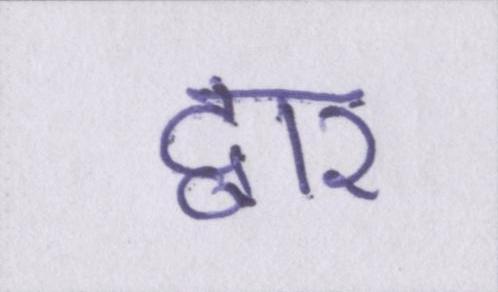
द्वार